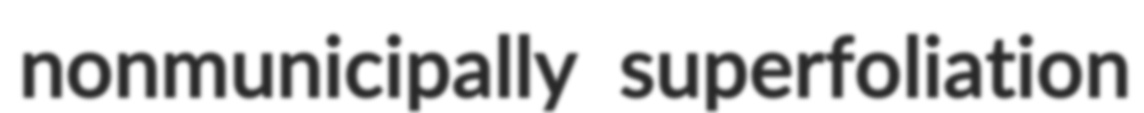
nonmunicipally superfoliation